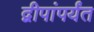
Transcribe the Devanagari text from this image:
द्वीपांपर्यंत